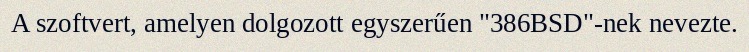
A szoftvert, amelyen dolgozott egyszerűen "386BSD"-nek nevezte.